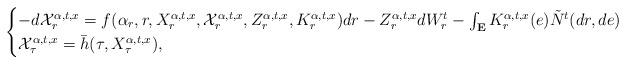
LaTeX: \begin{align*}\begin{cases}-d\mathcal{X}_r^{\alpha,t,x}=f(\alpha_r,r,X_r^{\alpha,t,x},\mathcal{X}_r^{\alpha,t,x},Z_r^{\alpha,t,x},K_r^{\alpha,t,x})dr-Z_r^{\alpha,t,x}dW^t_r-\int_{{\bf E}}K_r^{\alpha,t,x}(e)\Tilde{N}^t(dr,de)\\\mathcal{X}_\tau^{\alpha,t,x}=\bar h(\tau, X_{\tau}^{\alpha,t,x}),\end{cases}\end{align*}